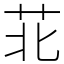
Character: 苝